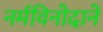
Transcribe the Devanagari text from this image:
नर्मविनोदाने